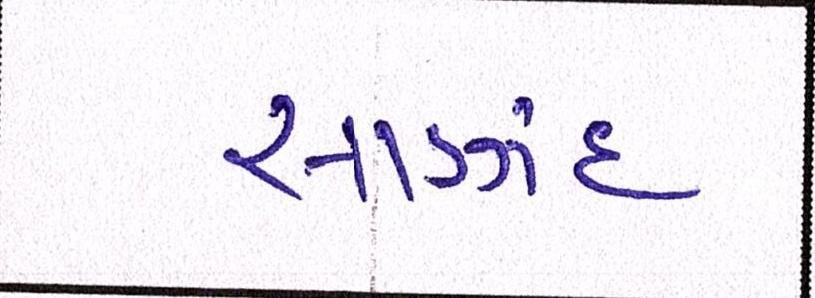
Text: સાણંદ